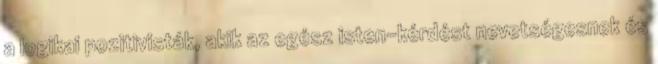
a logikai pozitivisták, akik az egész isten-kérdést nevetségesnek és